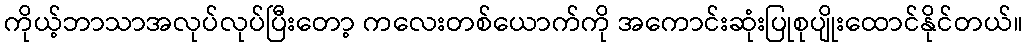
ကိုယ့်ဘာသာအလုပ်လုပ်ပြီးတော့ ကလေးတစ်ယောက်ကို အကောင်းဆုံးပြုစုပျိုးထောင်နိုင်တယ်။